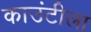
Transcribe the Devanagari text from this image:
काउंटीला